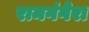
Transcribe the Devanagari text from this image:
रामगंगेरा